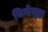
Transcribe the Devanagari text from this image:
चिन्हेसुद्धा